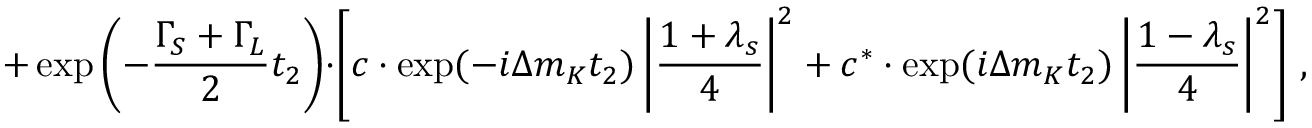
+ \exp \left( - \frac { \Gamma _ { S } + \Gamma _ { L } } { 2 } t _ { 2 } \right) \cdot \left[ c \cdot \exp ( - i \Delta m _ { K } t _ { 2 } ) \left| \frac { 1 + \lambda _ { s } } { 4 } \right| ^ { 2 } + c ^ { \ast } \cdot \exp ( i \Delta m _ { K } t _ { 2 } ) \left| \frac { 1 - \lambda _ { s } } { 4 } \right| ^ { 2 } \right] \, ,